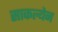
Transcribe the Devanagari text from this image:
साकल्येन